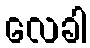
လေခါ